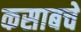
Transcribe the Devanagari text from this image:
कसाबचे